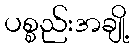
ပစ္စည်းအချို့